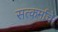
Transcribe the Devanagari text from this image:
सत्कर्माचे